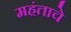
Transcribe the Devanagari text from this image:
महंताचे